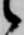
候